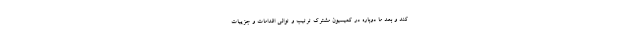
کند و بعد ما دوباره در کمیسیون مشترک ترتیب و توالی اقدامات و جزییات